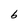
Character: b